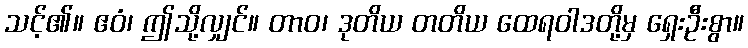
သင့်၏။ ဧဝံ၊ ဤသို့လျှင်။ တာဝ၊ ဒုတိယ တတိယ ထေရဝါဒတို့မှ ရှေးဦးစွာ။